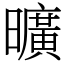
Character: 曠